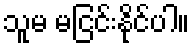
သူမ မငြင်းနိုင်ပါ။